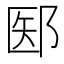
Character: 𫑝